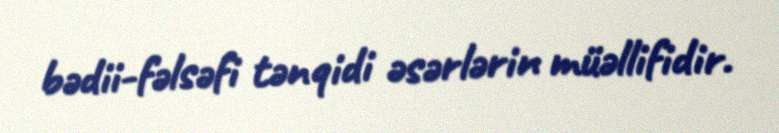
bədii-fəlsəfi tənqidi əsərlərin müəllifidir.